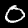
Label: 0